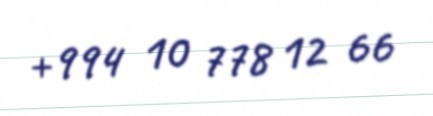
+994 10 778 12 66